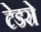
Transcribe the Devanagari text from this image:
टेडरो